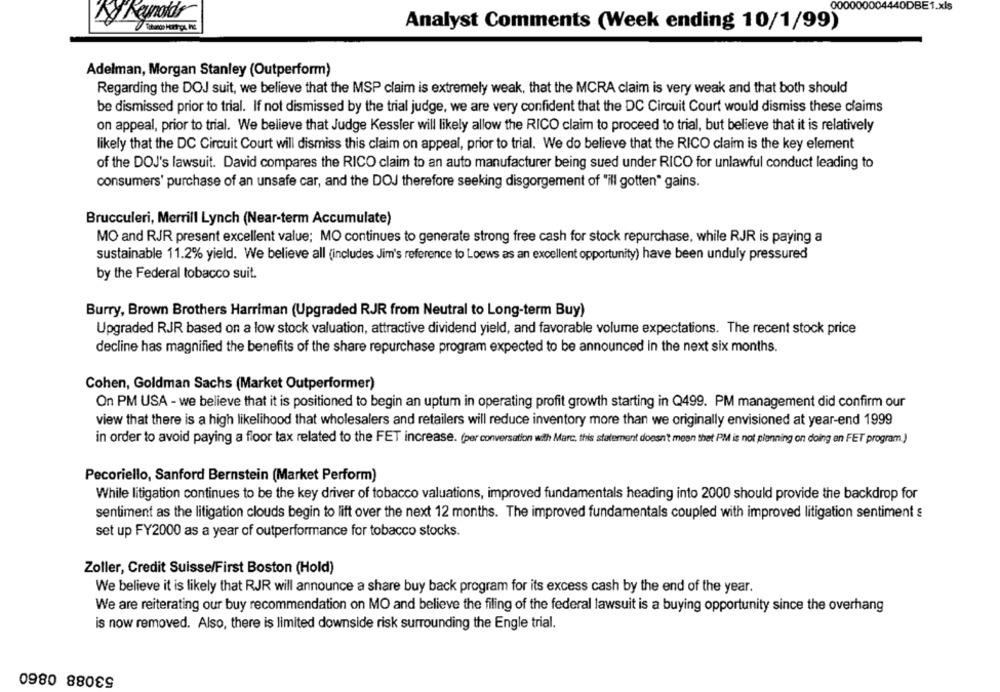
ODBE1.xls
000000004
Ky Reynolds
Analyst Comments (Week ending 10/1/99)
Adelman, Morgan Stanley (Outperform)
Regarding the DOJ suit, we believe that the MSP claim is extremely weak, that the MCRA claim is very weak and that both should
be dismissed prior to trial. If not dismissed by the trial judge, we are very confident that the DC Circuit Court would dismiss these claims
on appeal, prior to trial. We believe that Judge Kessler will likely allow the RICO claim to proceed to trial, but believe that it is relatively
likely that the DC Circuit Court will dismiss this claim on appeal, prior to trial. We do believe that the RICO claim is the key element
of the DOJ's lawsuit. David compares the RICO claim to an auto manufacturer being sued under RICO for unlawful conduct leading to
consumers' purchase of an unsafe car, and the DOJ therefore seeking disgorgement of "ill gotten" gains.
Brucculeri, Merrill Lynch (Near-term Accumulate)
MO and RJR present excellent value; MO continues to generate strong free cash for stock repurchase, while RJR is paying a
sustainable 11.2% yield. We believe all (includes Jim's reference to Loews as an excellent opportunity) have been unduly pressured
by the Federal tobacco suit.
Burry, Brown Brothers Harriman (Upgraded RJR from Neutral to Long-term Buy)
Upgraded RJR based on a low stock valuation, attractive dividend yield, and favorable volume expectations. The recent stock price
decline has magnified the benefits of the share repurchase program expected to be announced in the next six months.
Cohen, Goldman Sachs (Market Outperformer)
On PM USA - we believe that it is positioned to begin an uptum in operating profit growth starting in Q499. PM management did confirm our
view that there is a high likelihood that wholesalers and retailers will reduce inventory more than we originally envisioned at year-end 1999
in order to avoid paying a floor tax related to the FET increase. (per conversation with Marc, this statement doesn't mean that PM is not planning on doing an FET program.)
Pecoriello, Sanford Bernstein (Market Perform)
While litigation continues to be the key driver of tobacco valuations, improved fundamentals heading into 2000 should provide the backdrop for
sentiment as the litigation clouds begin to lift over the next 12 months. The improved fundamentals coupled with improved litigation sentiment s
set up FY2000 as a year of outperformance for tobacco stocks.
Zoller, Credit Suisse/First Boston (Hold)
We believe it is likely that RJR will announce a share buy back program for its excess cash by the end of the year.
We are reiterating our buy recommendation on MO and believe the filing of the federal lawsuit is a buying opportunity since the overhang
is now removed. Also, there is limited downside risk surrounding the Engle trial.
53088 0860